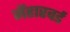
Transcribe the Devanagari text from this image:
मेंहारवर्ड